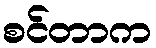
စင်တာက